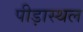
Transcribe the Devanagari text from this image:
पीड़ास्थल